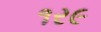
૧ર૯